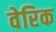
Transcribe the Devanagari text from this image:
वेरिक